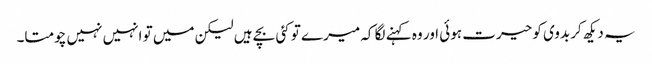
یہ دیکھ کر بدوی کو حیرت ہوئی اور وہ کہنے لگا کہ میرے تو کئی بچے ہیں لیکن میں تو انہیں نہیں چومتا۔